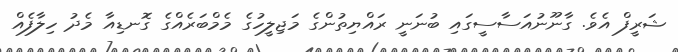
ޝަރީފް އެވެ. ގާނޫނުއަސާސީގައި ބުނަނީ ރައްޔިތުންގެ މަޖިލީހުގެ މެމްބަރެއްގެ ގޮނޑިއާ މެދު ހިލާފެއް